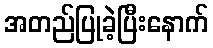
အတည်ပြုခဲ့ပြီးနောက်